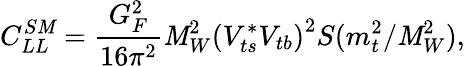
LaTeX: C_{LL}^{S\mathit{M}}=\frac{{G_{F}^{2}}}{{16\pi^{2}}}\mathit{M}_{W}^{2}\left(V_{ts}^{*}V_{tb}\right)^{2}S(m_{t}^{2}/\mathit{M}_{W}^{2}),